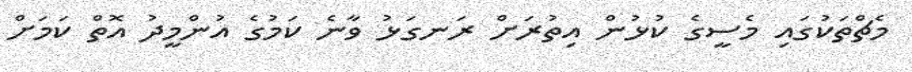
މެޗްތަކުގައި މެސީގެ ކުޅުން އިތުރަށް ރަނގަޅު ވާނެ ކަމުގެ އުންމީދު އޮތް ކަމަށް